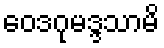
ဝေဒဂုမဒ္ဒသာမိ